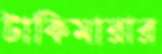
টাকিমারার